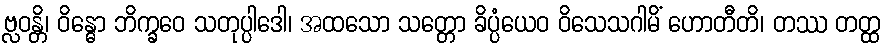
ဗ္လဝန္တိ၊ ဝိန္ဓော ဘိက္ခဝေ သတုပ္ပါဒေါ၊ အထသော သတ္တော ခိပ္ပံယေဝ ဝိသေသဂါမိံ ဟောတီတိ၊ တဿ တတ္ထ